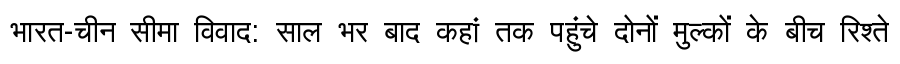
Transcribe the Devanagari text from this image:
भारत-चीन सीमा विवाद: साल भर बाद कहां तक पहुंचे दोनों मुल्कों के बीच रिश्ते